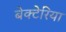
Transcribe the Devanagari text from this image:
बेक्टेरिया